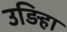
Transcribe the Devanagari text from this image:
उड़िहा